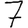
Digit: 7